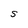
Character: S